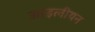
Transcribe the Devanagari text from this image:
आइलीयन